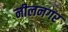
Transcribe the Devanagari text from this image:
नीलनगर